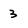
Character: 3